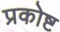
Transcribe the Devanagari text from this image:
प्रकोष्ट